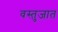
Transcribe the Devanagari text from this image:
वस्तुजात